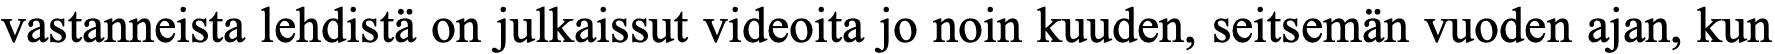
vastanneista lehdistä on julkaissut videoita jo noin kuuden, seitsemän vuoden ajan, kun